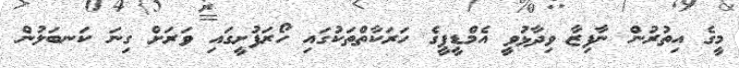
މީގެ އިތުރުން ނާފިޒާ ވިދާޅުވީ އެމްޑީޕީގެ ހަރަކާތްތަކުގައި ހޯރަފުށީގައި ވަރަށް ގިނަ ކަނބަލުން